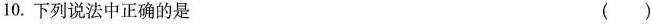
10.下列说法中正确的是 ()